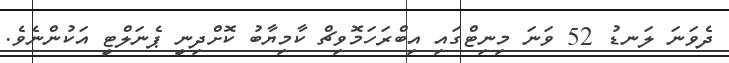
ދެވަނަ ލަނޑު 52 ވަނަ މިނިޓްގައި އިބްރަހަމޮވިޗް ކާމިޔާބު ކޮށްދިނީ ޕެނަލްޓީ އަކުންނެވެ.